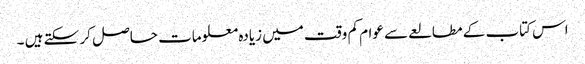
اس کتاب کے مطالعے سے عوام کم وقت میں زیادہ معلومات حاصل کر سکتے ہیں ۔